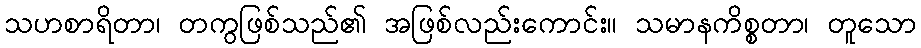
သဟစာရိတာ၊ တကွဖြစ်သည်၏ အဖြစ်လည်းကောင်း။ သမာနကိစ္စတာ၊ တူသော